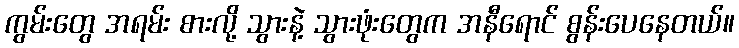
ကွမ်းတွေ အရမ်း စားလို့ သွားနဲ့ သွားဖုံးတွေက အနီရောင် စွန်းပေနေတယ်။